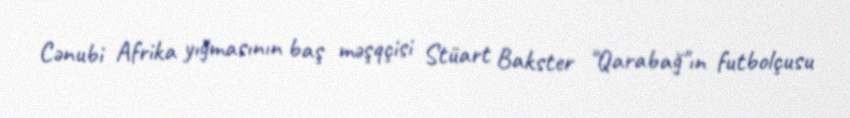
Cənubi Afrika yığmasının baş məşqçisi Stüart Bakster "Qarabağ"ın futbolçusu